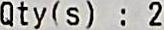
QTY(S) : 2